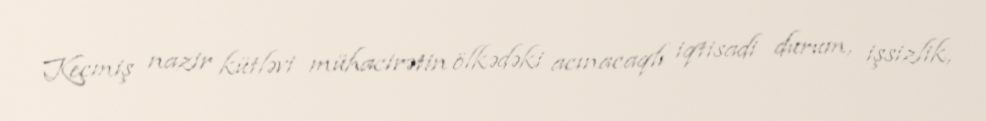
Keçmiş nazir kütləvi mühacirətin ölkədəki acınacaqlı iqtisadi durum, işsizlik,